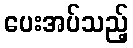
ပေးအပ်သည့်